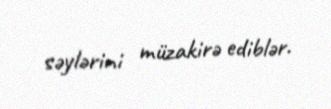
səylərini müzakirə ediblər.